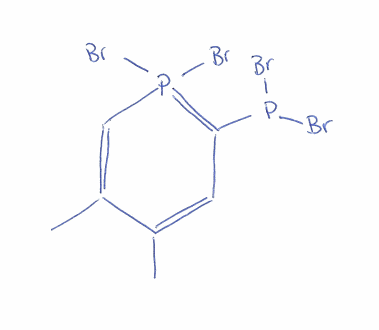
Simplified molecular-input line-entry system (SMILES) notation of the given molecule:
CC1=CC(=P(C=C1C)(Br)Br)P(Br)Br